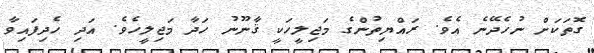
ގޮތަކަށް ނުހެދޭނެ އެވެ. ރައްޔިތުންގެ މަޖިލީހަކީ ޤާނޫނު ހަދާ މަޖިލީހެވެ. އަދި ހެދިފައިވާ